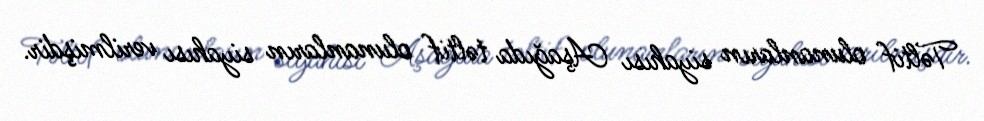
Təltif olunanların siyahısı Aşağıda təltif olunanların siyahısı verilmişdir.